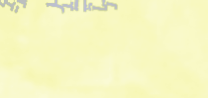
تأجير سيارات حديثة للرحلا